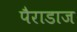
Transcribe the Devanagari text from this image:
पैराडाज